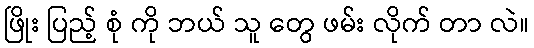
ဖြိုး ပြည့် စုံ ကို ဘယ် သူ တွေ ဖမ်း လိုက် တာ လဲ။